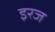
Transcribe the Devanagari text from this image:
इरज